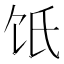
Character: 𩟾